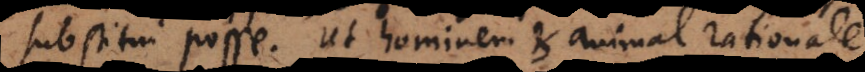
substitui posse. Ut hominem et animal rationale.